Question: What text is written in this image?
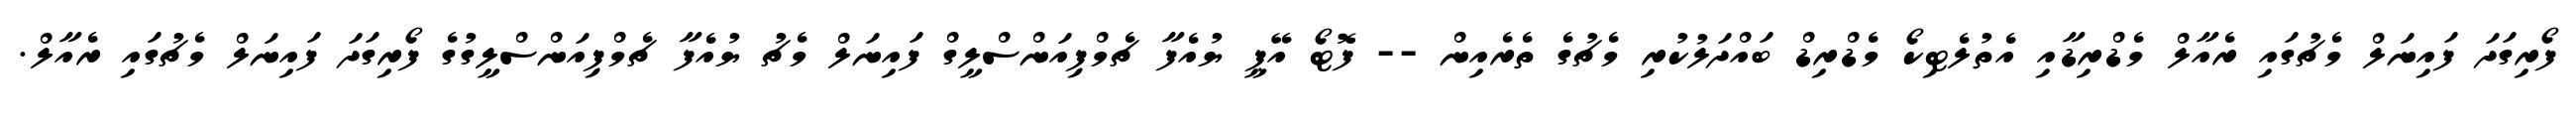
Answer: ފޯރިގަދަ ފައިނަލް މެޗުގައި ރެއާލް މެޑްރިޑާއި އެތުލެޓިކޯ މެޑްރިޑް ބައްދަލުކުރި މެޗުގެ ތެރެއިން -- ފޮޓޯ އޭޕީ ޔުއެފާ ޗެމްޕިއަންސްލީގް ފައިނަލް މެޗު ޔުއެފާ ޗެމްޕިއަންސްލީގުގެ ފޯރިގަދަ ފައިނަލް މެޗުގައި ރެއާލް.